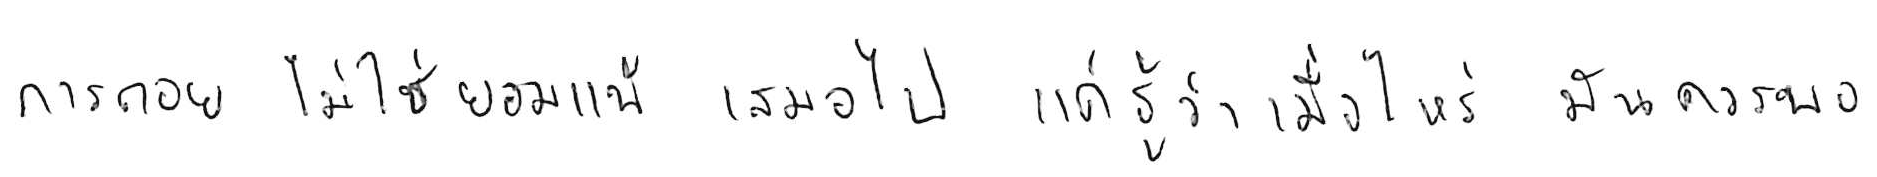
การถอย ไม่ใช่ยอมแพ้ เสมอไป แค่รู้ว่าเมื่อไหร่ มันควรพอ